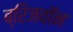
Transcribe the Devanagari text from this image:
ब्रिजवॉन